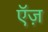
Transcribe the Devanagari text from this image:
ऍज़